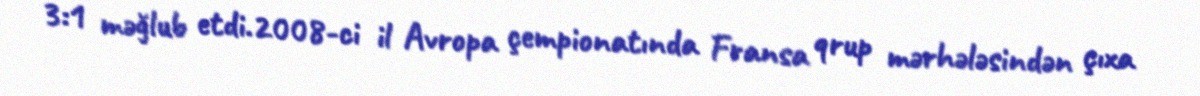
3:1 məğlub etdi.2008-ci il Avropa çempionatında Fransa qrup mərhələsindən çıxa